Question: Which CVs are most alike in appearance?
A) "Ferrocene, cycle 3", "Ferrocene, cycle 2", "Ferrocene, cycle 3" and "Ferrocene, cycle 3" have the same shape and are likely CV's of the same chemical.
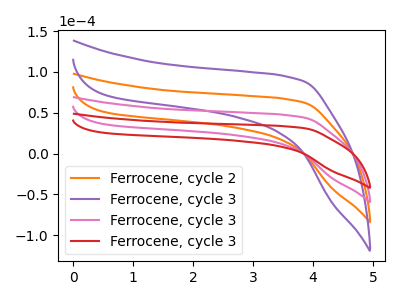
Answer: <think>The orange curve "Ferrocene, cycle 2" has no peaks. The purple curve "Ferrocene, cycle 3" has no peaks. The pink curve "Ferrocene, cycle 3" has no peaks. The red curve "Ferrocene, cycle 3" has no peaks.
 Neither "Ferrocene, cycle 2" or "Ferrocene, cycle 3" have any peaks. Neither "Ferrocene, cycle 2" or "Ferrocene, cycle 3" have any peaks. Neither "Ferrocene, cycle 2" or "Ferrocene, cycle 3" have any peaks. Neither "Ferrocene, cycle 3" or "Ferrocene, cycle 3" have any peaks. Neither "Ferrocene, cycle 3" or "Ferrocene, cycle 3" have any peaks. Neither "Ferrocene, cycle 3" or "Ferrocene, cycle 3" have any peaks.</think>
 <answer>A) "Ferrocene, cycle 3", "Ferrocene, cycle 2", "Ferrocene, cycle 3" and "Ferrocene, cycle 3" have the same shape and are likely CV's of the same chemical.</answer>
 <eval>A</eval>